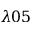
\lambda 0 5